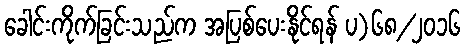
ခေါင်းကိုက်ခြင်းသည်က အပြစ်ပေးနိုင်ရန် ပ)၆၈/၂၀၁၆